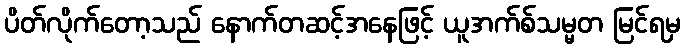
ပိတ်လိုက်တော့သည် နောက်တဆင့်အနေဖြင့် ယူအက်စ်သမ္မတ မြင်ရမှ